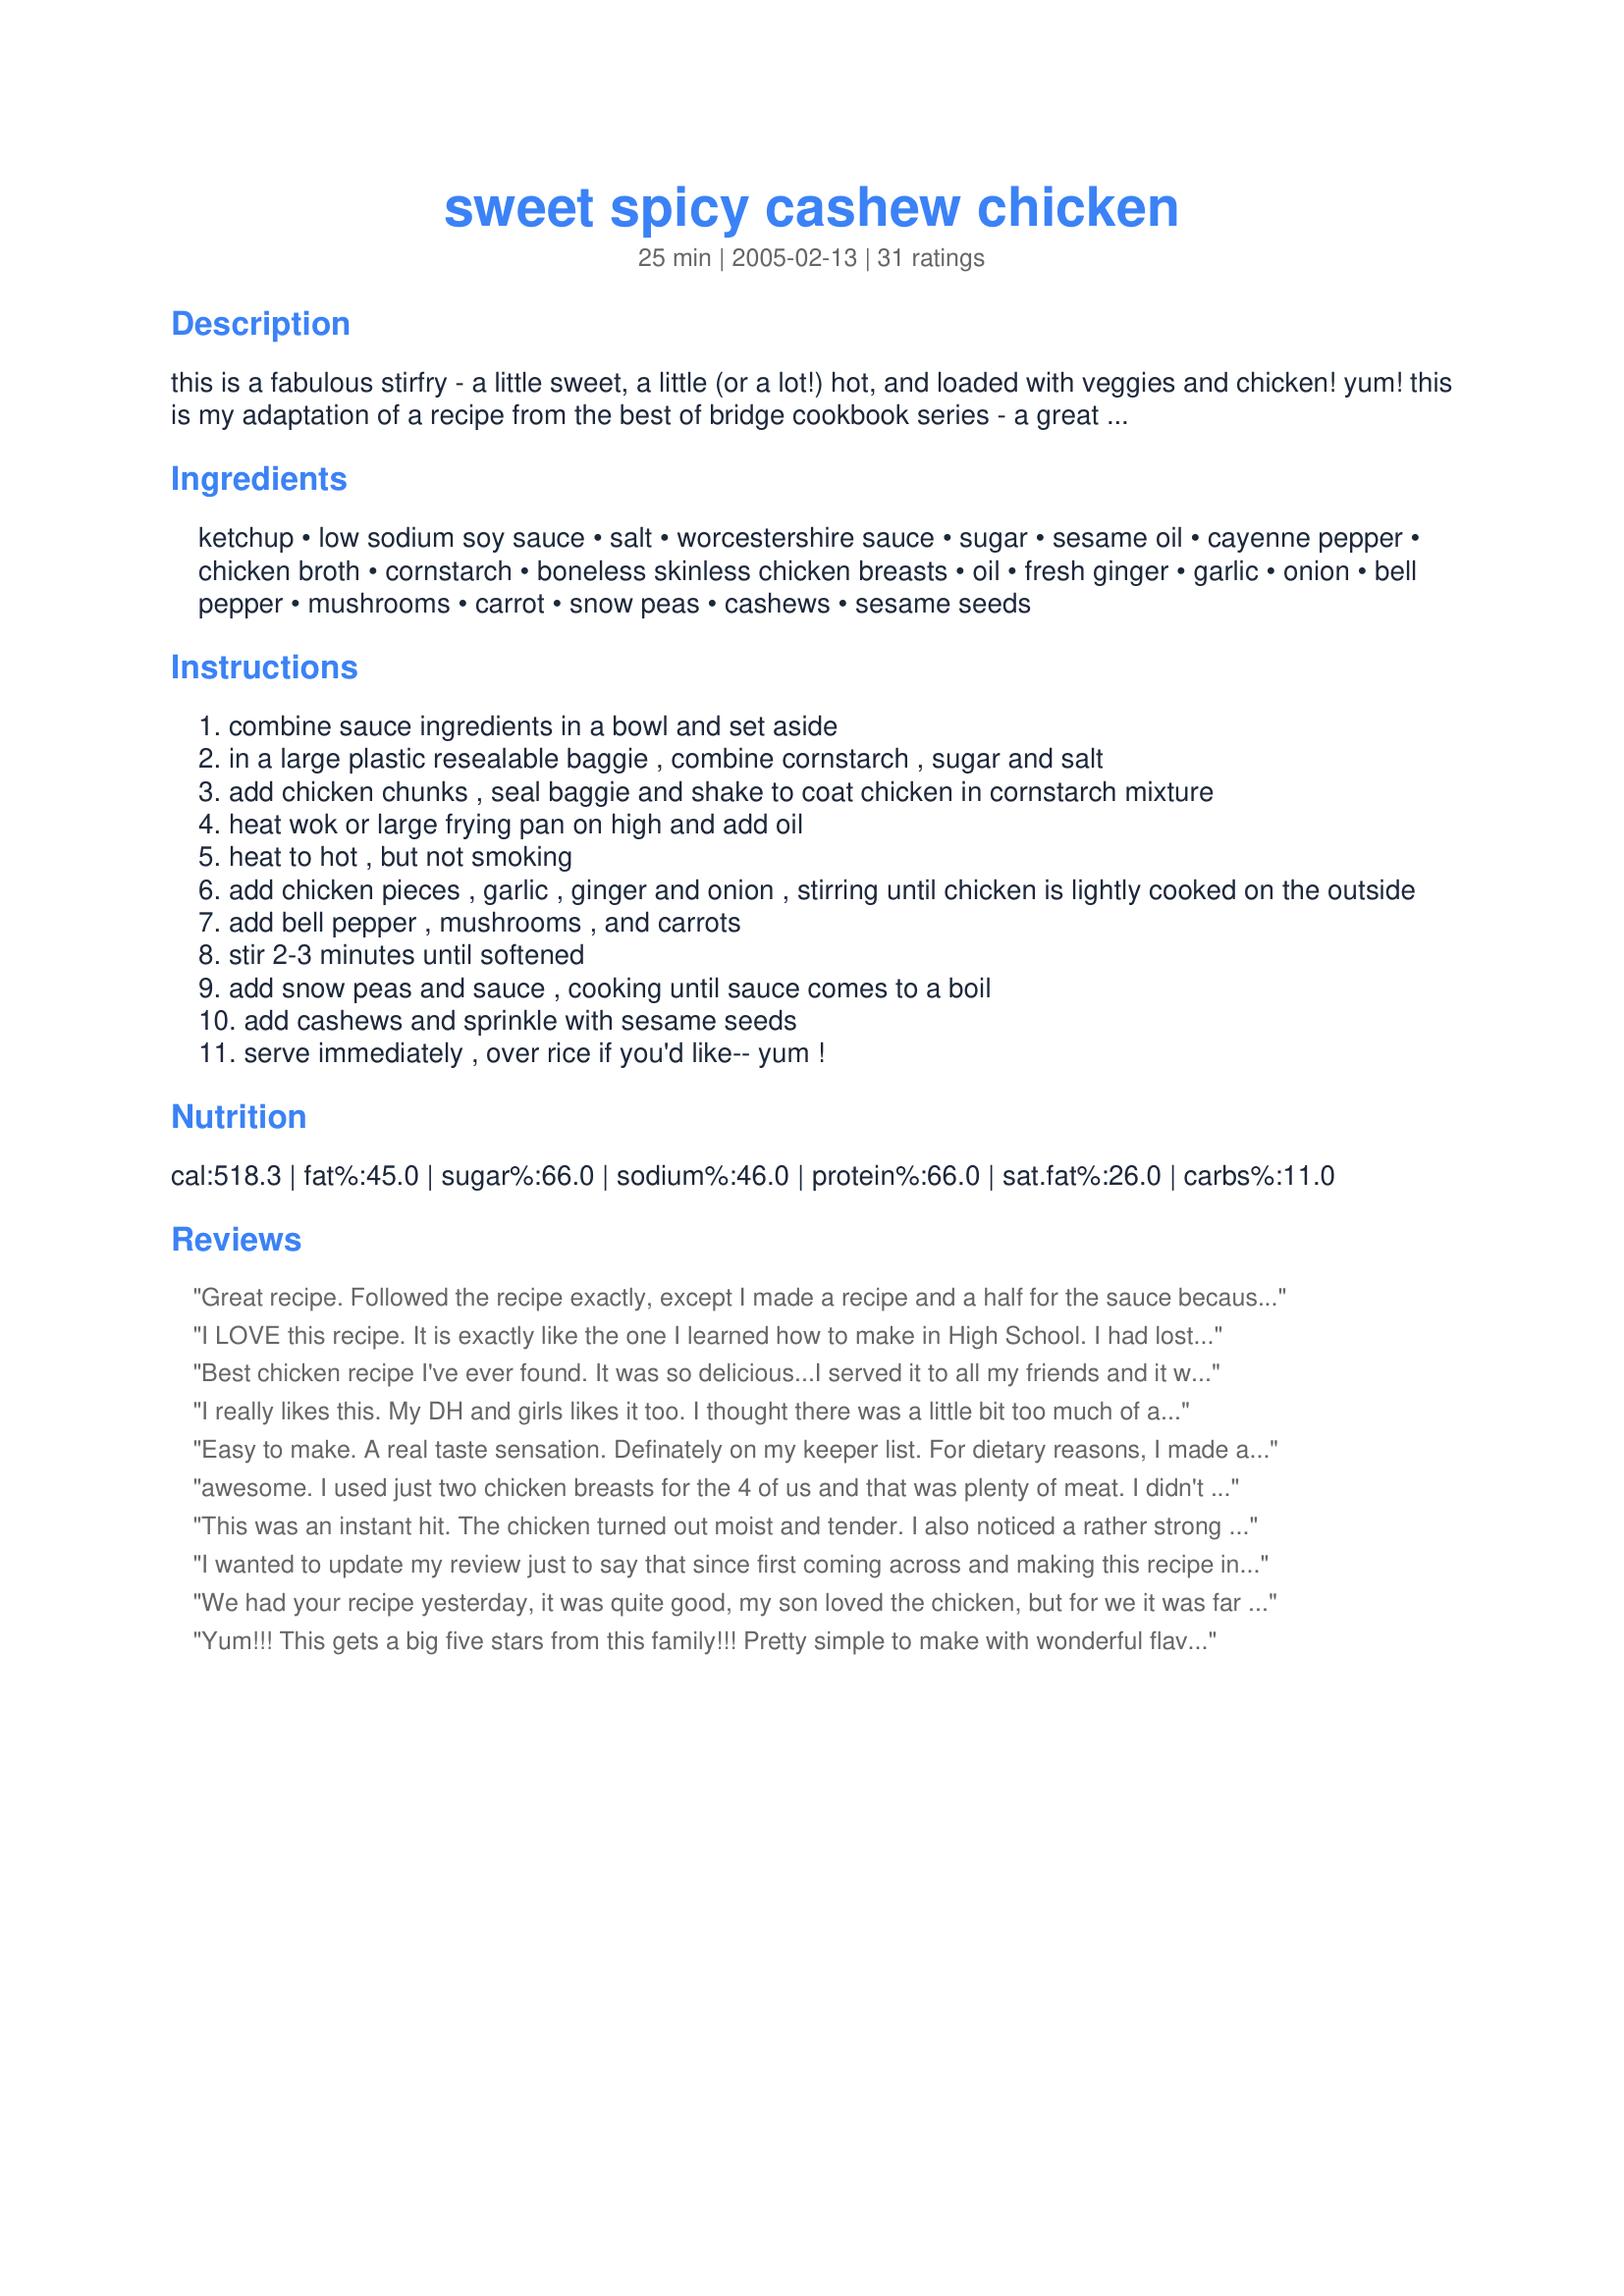
sweet spicy cashew chicken
Preparation time: 25 minutes

this is a fabulous stirfry - a little sweet, a little (or a lot!) hot, and loaded with veggies and chicken! yum! this is my adaptation of a recipe from the best of bridge cookbook series - a great set of cookbooks!

Ingredients:
ketchup, low sodium soy sauce, salt, worcestershire sauce, sugar, sesame oil, cayenne pepper, chicken broth, cornstarch, boneless skinless chicken breasts, oil, fresh ginger, garlic, onion, bell pepper, mushrooms, carrot, snow peas, cashews, sesame seeds

Steps:
combine sauce ingredients in a bowl and set aside
in a large plastic resealable baggie , combine cornstarch , sugar and salt
add chicken chunks , seal baggie and shake to coat chicken in cornstarch mixture
heat wok or large frying pan on high and add oil
heat to hot , but not smoking
add chicken pieces , garlic , ginger and onion , stirring until chicken is lightly cooked on the outside
add bell pepper , mushrooms , and carrots
stir 2-3 minutes until softened
add snow peas and sauce , cooking until sauce comes to a boil
add cashews and sprinkle with sesame seeds
serve immediately , over rice if you'd like-- yum !

Reviews:
Great recipe. Followed the recipe exactly, except I made a recipe and a half for the sauce because I had some extra chicken. My husband thought the sauce was delicious. Thanks Katie for a wonderful recipe. I will be making this often.
I LOVE this recipe. It is exactly like the one I learned how to make in High School. I had lost the recipe years ago and have missed it dearly. I did double the sauce (thinking ahead) so I could cook up some Spatzle noodles to change it up a little for another night's dinner. This will be made again and again! Even my picky husband loved it! Thanks for posting!
Best chicken recipe I've ever found. It was so delicious...I served it to all my friends and it went out in five minutes! Definetly one recommended..
I really likes this. My DH and girls likes it too. I thought there was a little bit too much of a ketchup taste for me, but it was still really good. Next time I won't add as much ketchup and more soy sauce...play around with it some. Thanks!!
Easy to make. A real taste sensation. Definately on my keeper list. For dietary reasons, I made a few changes: sugar substitute, left out the carrots and shredded the chicken into thin 1" pieces. Definately worthy of your best dinner guest.
awesome. I used just two chicken breasts for the 4 of us and that was plenty of meat. I didn't have mushrooms, but did use a zucchini. Otherwise I followed the ingredients exactly. I did cook the chicken all the way by itself so it was crispy, then took it out of the pan and finished everything else and added the chicken back in at the last minute. this is a keeper recipe!
This was an instant hit. The chicken turned out moist and tender. I also noticed a rather strong ketchup taste, but I used some fresh pureed chili pepper in place of a small amount of the ketchup and I added extra ginger (dried since I didn&#039;t have time to mince more fresh) at the end to conceal it.
I wanted to update my review just to say that since first coming across and making this recipe in August 2005, it has become one of our absolute favorite recipes! I make this recipe on average of once every other week, sometimes more - it is superb. A perfect mix of sweet and spicy. The only change I make is the addition of 1 clove of garlic, minced to the sauce. I generally prepare the ingredients for the recipe the night before - which makes making dinner (with or without dinner guests) a complete snap - ready within 15 minutes! If you search through recipezaar has brought you here - you have got to try this recipe - it is the BOMB! Excellent recipe Katie4998, so glad to have stumbled upon it! -=Original Review: Delicious! I made the recipe exactly as directed - it did take slightly longer to cook then listed, but it was sooooooo good! My husband rated this a 10! This is absolutely going to be a keeper in our home. DELICIOUS! — Aug 25, 2005=-
We had your recipe yesterday, it was quite good, my son loved the chicken, but for we it was far too "ketchupy". Maybe German Ketchup is different or I have a different kind of measuring cups... I also had to double the sauce, as I love lots of it. So, five stars from my son, three stars from me. Maybe I'll try again...
Yum!!! This gets a big five stars from this family!!! Pretty simple to make with wonderful flavour, not too hot and not too sweet. I added two teaspoons of chopped red chilli instead of the cayenne. Apart from that the only other things I changed in the recipe was leave out the mushrooms and cut the carrots into julienne rather than discs. This is a definite addition to our "Chinese night" menu. Thanks katie4998 for a delicious meal.
I made this for dinner tonight and my husband and I were plesantly pleased.....I used 1 1/2 lbs of chicken tenders, THOUGHT I had carrots at home but found out to late that I didn't so left them out, added canned water chestnuts and fresh broccoli.....I did as another person and cooked my chicken completely through before moving on. Next time I am going to play with the veggies....and there will be a next time.....served with fried rice for a wonderful meal!!
This recipe is amazing. I have made it twice and we love it - I'd say it can rival cashew chicken I've had in great Thai restaurants. I double the veggies and I also add baby bok choy. Great recipe katie4998!!!
Been looking for a good cashew chicken recipe Anxious to try it
I made this last night and it was DELICIOUS! I do not cook frequently, but had I served this to guests, they certainly would have thought so! I agree w/ the other reviewers in that it definitely rivals similar dishes at asian restaurants...except this is fresh and better tasting! :) I love all the vegetables and there is plenty of chicken...not to mention a kick from the cayenne. Excellent recipe!
Wow, this was beyond exceptional. Great combination of veggies and perfect blend of spicy sweet (I also used some red pepper flakes for a little more kick). Thank you so much for posting!
Made exactly as directed, and very much enjoyed! Easy to follow directions made for a quickly prepared and delicious meal .... always remember to prepare in advance for this kind of dish, then it is ready before you know it. Served over steamed rice. Thank you Katie! made for Chinese/Vietnamese New Year tag game, Asian Forum.
Delicious!! Omitted mushrooms and added red pepper flakes for some heat - I would give this recipe more stars if I could. Moving this to my T&T cookbook. Thanks Katie.
This was fabulous! We used to go to Chinatown in Vancouver and have chicken with cashews and we loved it. But this recipe, with its bit of heat and lots of veggies is even better! I used half a red pepper and half an green pepper and it was beautiful to look at too. I thought there were a few too many cashews, but the rest of my family thought it was just right. It looks like a lot of work, but you can do all the prep and just cook it at the last minute. I served this with rice and Uncle Bill's Beef and Broccoli (recipe 81207), for a much-better-than-Chinese-restaurant meal. Thanks for posting, Katie4998!
This was delicious and fairly easy. I was a bit worried given the amount of ingredients, but don't let that scare you. Husband and kids liked it too.
Unbelievable!!! I just moved and I'm living out of boxes and it was so nice to have a meal to make that is easy and tastes so good! I did need to add a little extra salt and I don't usually like to do that, but it needed it. Otherwise, this was superb!
Fantastic!!
I did not have all of my ingredients prepared ahead of time, so this ended up frying for a little too long and lacked the desired crispness. I've learned my lesson on that one. The cashews didn't fare well during leftover reheating--next time I will reserve them so they can be sprinkled on each portion directly prior to eating rather than being put in the stir fry itself. I look forward to perfecting this.
Delicious! Very easy and tasty. I didn't put in the cashews and it was still great! Thanks!
My dish looked like the photos posted which was what attracted me to the recipe in the first place. It is a beautiful dish. The dish was easy to make and very good. I followed the recipe and used the recommended veggies, etc. Follow this recipe it was written well. I did add hot chili paste instead of the cayenne pepper.
DH said 10 STARS! This is a great meal. I made half a recipe and it was perfect for the two of us with just a little leftover. Not only is the flavor great but it is so pretty to look at with all the veggies. Served with egg rolls.
I've been using my same cashew chicken recipe for years, so I figured I'd try something new. I have to say I was not impressed with this recipe. The sauce was bland and did not taste very authentic. I think I'll stick to my own recipe. Thanks for posting!
We loved this! I made the sauce and chicken exactly as directed and played around with the veggies a bit (more carrots and peas, no mushrooms or bell peppers, added some broccoli). I was worried that it would taste ketchupy – but it was thick and sweet/tangy and delicious. Next time I’ll probably kick up the heat a bit with some red pepper flakes. We had this over Thai sticky rice.
You just don't mess with perfection. Easy, fast and mouth-watering. This is a new once-a-month recipe for this household.
This was very good! We loved it. I made it to take to a woman and her husband who had surgery recently. They both said it was wonderful. Thanks for a great asian meal.
This is a great recipe even if you change some of the veggies and meat. I used 2 large pork steaks that needed cooking and substituted celery for the green pepper and mushrooms due to family allergies. I also left off the ginger since I don't like it. Other than that I followed the recipe pretty closely. I made the mistake of putting the full 1 teaspoon of cayenne and DH and I thought it a little too spicey...but adult DS said it was perfect. Irregardless I will make it again with a little less cayenne and it will become part of my regular Oriental meals. A very tasty dish! I was surprised that by using that much catsup that is didn't taste like catsup at all and that it made a nice medium thick sauce without needing additional cornstarch. EASY too!
Sorry, realized I forgot to rate it when I previously left comments.
